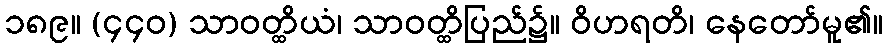
၁၈၉။ (၄၄၀) သာဝတ္ထိယံ၊ သာဝတ္ထိပြည်၌။ ဝိဟရတိ၊ နေတော်မူ၏။